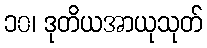
၁၀၊ ဒုတိယအာယုသုတ်